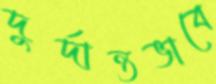
দুর্দান্তভাবে